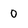
Character: 0